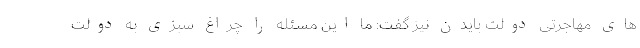
های مهاجرتی دولت بایدن نیز گفت: ما این مسئله را چراغ سبزی به دولت